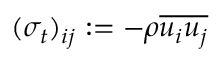
( \sigma _ { t } ) _ { i j } : = - \rho \overline { { u _ { i } u _ { j } } }